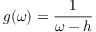
g ( \omega ) = \frac { 1 } { \omega - h }